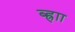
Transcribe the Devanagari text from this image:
ब्ह्राा